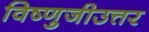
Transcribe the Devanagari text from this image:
विष्णुजीउत्तर